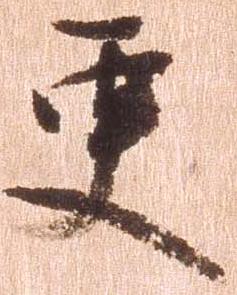
更